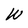
Character: W